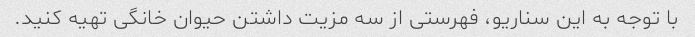
با توجه به این سناریو، فهرستی از سه مزیت داشتن حیوان خانگی تهیه کنید.